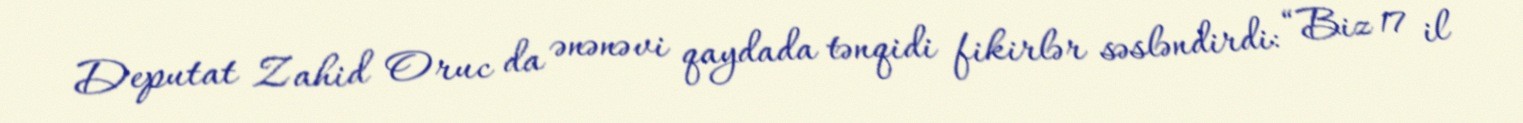
Deputat Zahid Oruc da ənənəvi qaydada tənqidi fikirlər səsləndirdi: “Biz 17 il